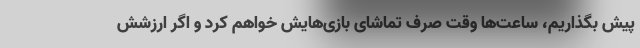
پیش بگذاریم، ساعت‌ها وقت صرف تماشای بازی‌هایش خواهم کرد و اگر ارزشش